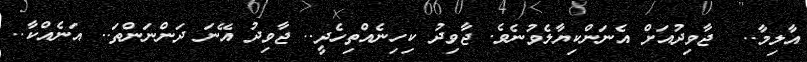
އާލިމާ..  ޖާވިދުއަށް އެނަންކިޔާލެވުނެވެ. ޖާވިދު ކިހިނެއްތިހެދީ.. ޖާވިދު އޭނަ ދަންނަަންތަ.. އަނެއްކާ..